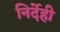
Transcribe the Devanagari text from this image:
निर्देही